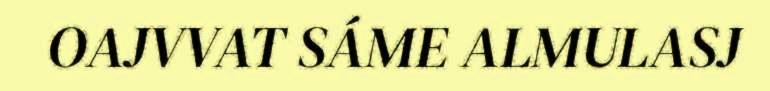
OAJVVAT SÁME ALMULASJ